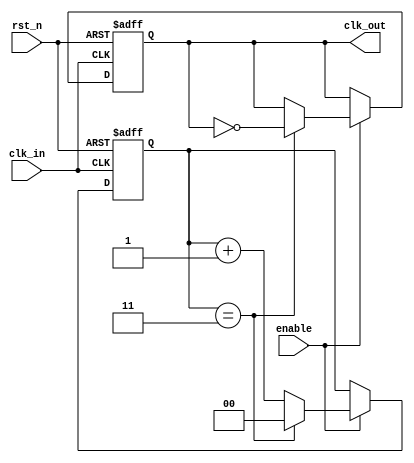
module clock_divider_buffer #(
    parameter N = 4          // Division factor (can be set to any integer value)
) (
    input wire clk_in,       // Input clock signal
    input wire rst_n,        // Active low asynchronous reset
    input wire enable,       // Enable signal to control output clock
    output reg clk_out       // Output clock signal
);

// Internal counter to count the clock cycles
reg [clog2(N)-1:0] counter;   // Counter defined based on log2(N)

// Clock divider logic
always @(posedge clk_in or negedge rst_n) begin
    if (!rst_n) begin
        counter <= 0;          // Initialize counter to 0 on reset
        clk_out <= 0;         // Initialize output clock to 0
    end else if (enable) begin
        if (counter == N-1) begin
            clk_out <= ~clk_out;  // Toggle output clock
            counter <= 0;          // Reset counter
        end else begin
            counter <= counter + 1; // Increment counter
        end
    end
end

// Function to calculate log2(N)
function integer clog2;
    input integer value;
    begin
        value = value - 1;
        for (clog2 = 0; value > 0; clog2 = clog2 + 1)
            value = value >> 1;
    end
endfunction

endmodule